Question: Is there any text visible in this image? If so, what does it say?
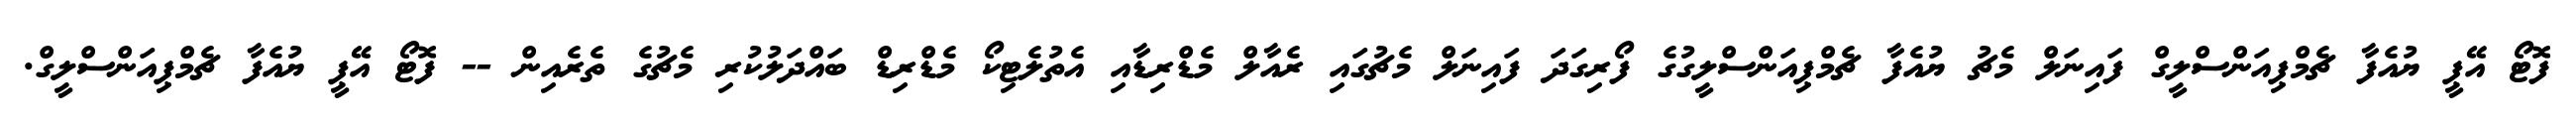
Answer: ފޮޓޯ އޭޕީ ޔުއެފާ ޗެމްޕިއަންސްލީގް ފައިނަލް މެޗު ޔުއެފާ ޗެމްޕިއަންސްލީގުގެ ފޯރިގަދަ ފައިނަލް މެޗުގައި ރެއާލް މެޑްރިޑާއި އެތުލެޓިކޯ މެޑްރިޑް ބައްދަލުކުރި މެޗުގެ ތެރެއިން -- ފޮޓޯ އޭޕީ ޔުއެފާ ޗެމްޕިއަންސްލީގް.